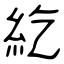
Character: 紇